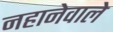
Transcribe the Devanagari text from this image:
नहानेवाले